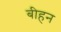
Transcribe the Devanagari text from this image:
बीहन